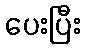
ပေးပြီး